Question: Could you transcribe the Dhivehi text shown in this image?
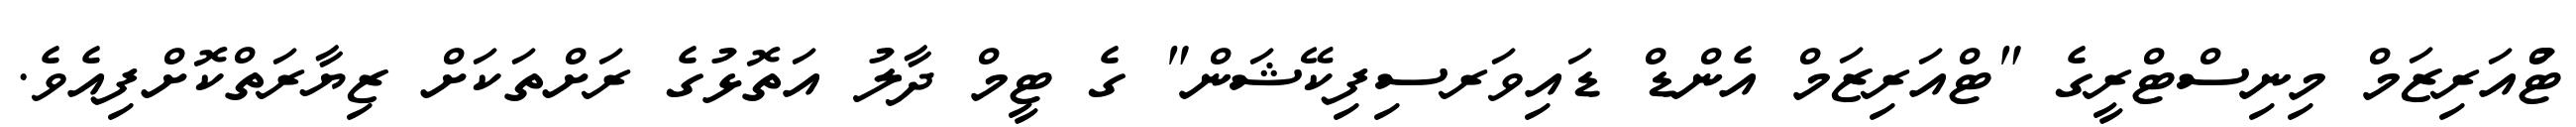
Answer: ޓްުއަރިޒަމް މިނިސްޓްރީގެ "ޓްއަރިޒަމް އެންޑް ޑައިވަރސިފިކޭޝަން" ގެ ޓީމް ދާލު އަތޮޅުގެ ރަށްތަކަށް ޒިޔާރަތްކޮށްފިއެވެ.